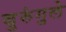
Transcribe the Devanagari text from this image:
बुरुंगुले